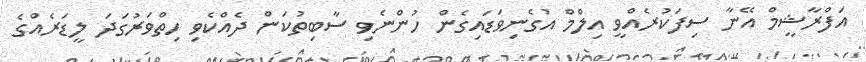
އަފްރާޝީމް އޭނާ ސިފަކުރެއްވީ އިލްމް އުގެނިވަޑައިގެން ހުންނެވި ސާބިތުކަން ދެއްކެވި ހިތްވަރުގަދަ ލީޑަރެއްގެ